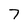
Character: 7